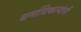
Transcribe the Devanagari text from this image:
धर्माधिकार्‍यांनीं